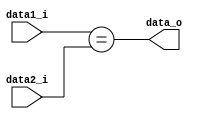
module Equal(
  input [31:0] data1_i,
  input [31:0] data2_i,
  output reg   data_o
);

always @(data1_i or data2_i) begin
  data_o <= (data1_i == data2_i);
end

endmodule